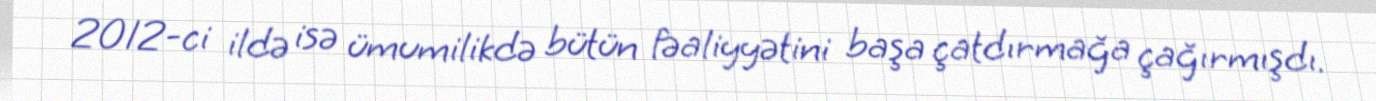
2012-ci ildə isə ümumilikdə bütün fəaliyyətini başa çatdırmağa çağırmışdı.